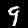
Digit: 9